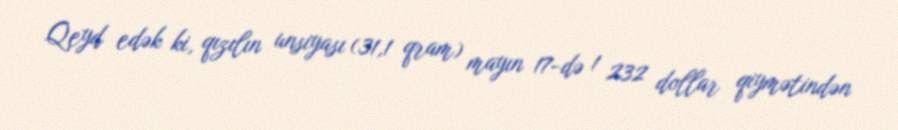
Qeyd edək ki, qızılın unsiyası (31,1 qram) mayın 17-də 1 232 dollar qiymətindən